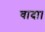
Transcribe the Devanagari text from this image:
वादा।